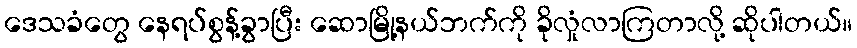
ဒေသခံတွေ နေရပ်စွန့်ခွာပြီး ဆောမြို့နယ်ဘက်ကို ခိုလှုံလာကြတာလို့ ဆိုပါတယ်။